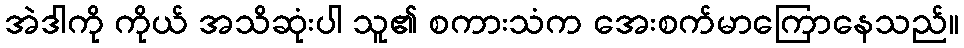
အဲဒါကို ကိုယ် အသိဆုံးပါ သူ၏ စကားသံက အေးစက်မာကြောနေသည်။